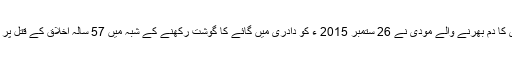
خودساختہ مسلم خواتین کی ہمدردی کا دم بھرنے والے مودی نے 26 ستمبر 2015 ء کو دادری میں گائے کا گوشت رکھنے کے شبہ میں 57 سالہ اخلاق کے قتل پر بھی مجرمانہ خاموشی اختیار کی ۔